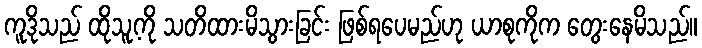
ကူဒိုသည် ထိုသူ့ကို သတိထားမိသွားခြင်း ဖြစ်ရပေမည်ဟု ယာစုကိုက တွေးနေမိသည်။